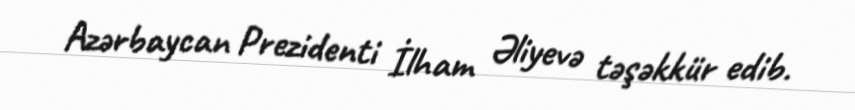
Azərbaycan Prezidenti İlham Əliyevə təşəkkür edib.